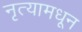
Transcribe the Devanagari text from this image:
नृत्यामधून